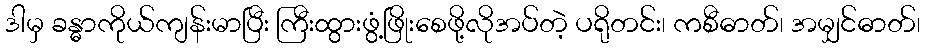
ဒါမှ ခန္ဓာကိုယ်ကျန်းမာပြီး ကြီးထွားဖွံ့ဖြိုးစေဖို့လိုအပ်တဲ့ ပရိုတင်း၊ ကစီဓာတ်၊ အမျှင်ဓာတ်၊